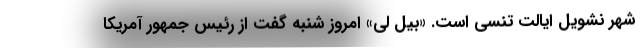
شهر نشویل ایالت تنسی است. «بیل لی» امروز شنبه گفت از رئیس جمهور آمریکا